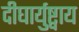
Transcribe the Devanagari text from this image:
दीघार्युष्ट्वाय